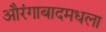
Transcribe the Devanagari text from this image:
औरंगाबादमधला